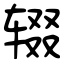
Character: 辍